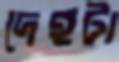
দেহটা